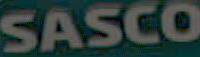
SASCO